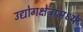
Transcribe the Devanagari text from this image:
उद्योगक्षेत्रांमध्ये